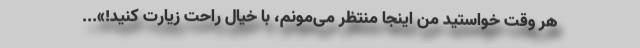
هر وقت خواستید من اینجا منتظر می‌مونم، با خیال راحت زیارت کنید!»...